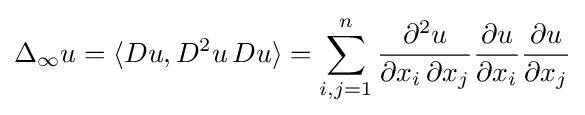
\Delta _{\infty }u=\langle Du,D^{2}u\,Du\rangle =\sum _{i,j=1}^{n}{\frac {\partial ^{2}u}{\partial x_{i}\,\partial x_{j}}}{\frac {\partial u}{\partial x_{i}}}{\frac {\partial u}{\partial x_{j}}}